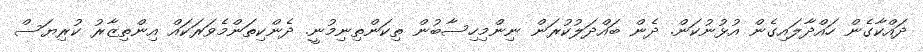
ދައްކާގެން ހައްދާލައިގެން އުޅުނުކަން. ދެން ބައްދަލުކުރަން ނިންމިހިސާބުން ތިކަންތިނިމުނީ. ދެންކިތަންމެވަރަކައް އިންތިޒާރު ކުރިޔަސް